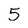
Character: 5